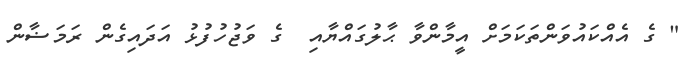
" ގެ އެއްކައުވަންތަކަމަށް އީމާންވާ ޙާލުގައްޔާއި  ގެ ވަޖުހުފުޅު އަދައިގެން ރަމަޟާން